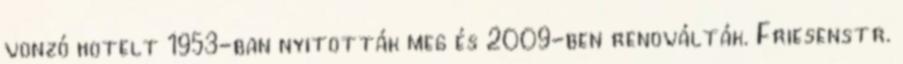
vonzó hotelt 1953-ban nyitották meg és 2009-ben renoválták. Friesenstr.